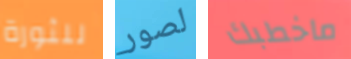
للثورة لصور ماخطبك